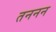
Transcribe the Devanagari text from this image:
तननन